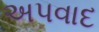
અપવાદ